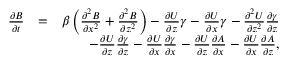
\begin{array} { r l r } { \frac { \partial B } { \partial t } } & { = } & { \beta \left( { \frac { \partial ^ { 2 } B } { \partial x ^ { 2 } } + \frac { \partial ^ { 2 } B } { \partial z ^ { 2 } } } \right) - \frac { \partial U } { \partial z } \gamma - \frac { \partial U } { \partial x } \gamma - \frac { \partial ^ { 2 } U } { \partial z ^ { 2 } } \frac { \partial \gamma } { \partial z } } \\ & { } & { - \frac { \partial U } { \partial z } \frac { \partial \gamma } { \partial z } - \frac { \partial U } { \partial x } \frac { \partial \gamma } { \partial x } - \frac { \partial U } { \partial z } \frac { \partial A } { \partial x } - \frac { \partial U } { \partial x } \frac { \partial A } { \partial z } , } \end{array}